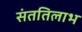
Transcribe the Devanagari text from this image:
संततिलाभ